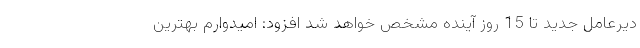
دیرعامل جدید تا 15 روز آینده مشخص خواهد شد افزود: امیدوارم بهترین